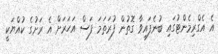
އެ އެގްރިމެންޓުގައި ބުނެފައިވާ ގޮތުން ފުރަތަމަ ފަސް އަހަރަށް އެ ރަށުގެ ކުއްޔަކީ